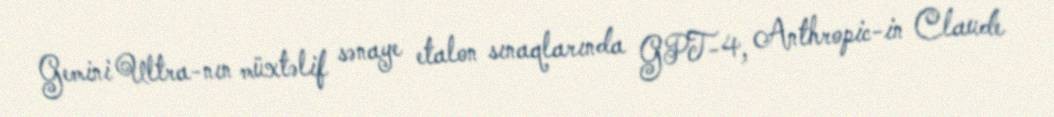
Gemini Ultra-nın müxtəlif sənaye etalon sınaqlarında GPT-4, Anthropic-in Claude